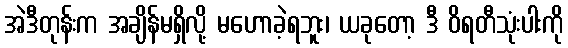
အဲဒီတုန်းက အချိန်မရှိလို့ မဟောခဲ့ရဘူး၊ ယခုတော့ ဒီ ဝိရတီသုံးပါးကို